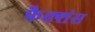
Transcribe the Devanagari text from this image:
फैक्शंस